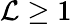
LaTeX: \mathcal{L}\ge1